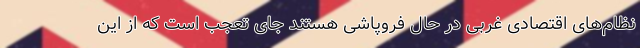
نظام‌های اقتصادی غربی در حال فروپاشی هستند جای تعجب است که از این